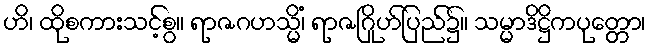
ဟိ၊ ထိုစကားသင့်စွ။ ရာဇဂဟသ္မိံ၊ ရာဇဂြိုဟ်ပြည်၌။ သမ္မာဒိဋ္ဌိကပုတ္တော၊